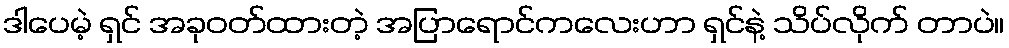
ဒါပေမဲ့ ရှင် အခုဝတ်ထားတဲ့ အပြာရောင်ကလေးဟာ ရှင်နဲ့ သိပ်လိုက် တာပဲ။